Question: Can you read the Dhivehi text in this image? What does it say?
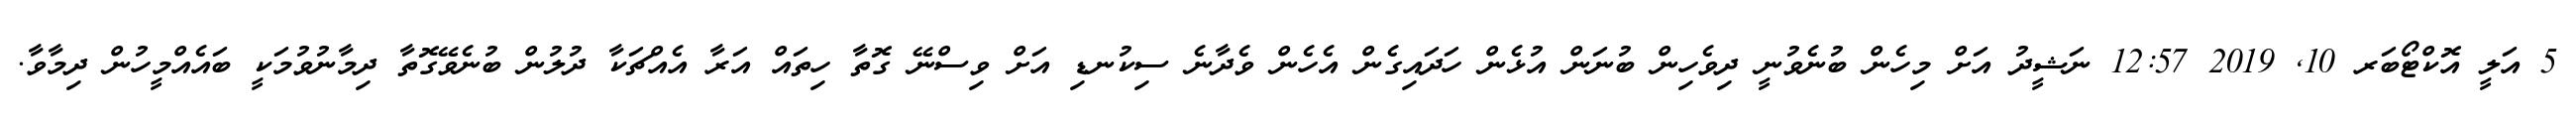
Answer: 5 އަލީ އޮކްޓޯބަރ 10, 2019 12:57 ނަޝީދު އަށް މިހެން ބުނެވުނީ ދިވެހިން ބުނަން އުޅެން ހަދައިގެން އެހެން ވެދާނެ ސިކުނޑި އަށް ވިސްނޭ ގޮތާ ހިތައް އަރާ އެއްޗަކާ ދުލުން ބުނެވޭގޮތާ ދިމާނުވުމަކީ ބައެއްމީހުން ދިމާވާ.